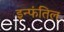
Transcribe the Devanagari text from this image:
इन्फंतिल